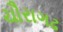
ચૌરાગઢ